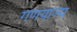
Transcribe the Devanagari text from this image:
गणयाज्य